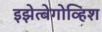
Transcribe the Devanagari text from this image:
इझेत्बेगोव्हिश